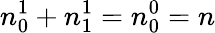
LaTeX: n_{0}^{1}+n_{1}^{1}=n_{0}^{0}=n